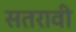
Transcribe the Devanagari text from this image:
सतरावी